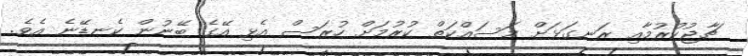
ޗާޖުކުރުމާއި ރަނގަޅަށް މަސައްކަތް ކުރުމަށް ހުރަސް އެޅި އޭގެ ބޭނުން ކެނޑޭނެ އެވެ.